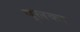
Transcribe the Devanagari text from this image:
पुलका